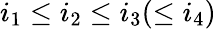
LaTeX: i_{1}\leq i_{2}\leq i_{3}(\leq i_{4})